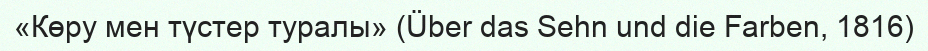
«Көру мен түстер туралы» (Über das Sehn und die Farben, 1816)